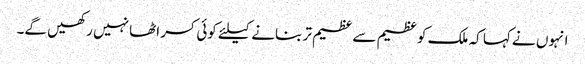
انہوں نے کہا کہ ملک کو عظیم سے عظیم تر بنانے کیلئے کوئی کسر اٹھا نہیں رکھیں گے۔